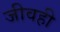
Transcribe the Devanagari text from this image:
जीवही